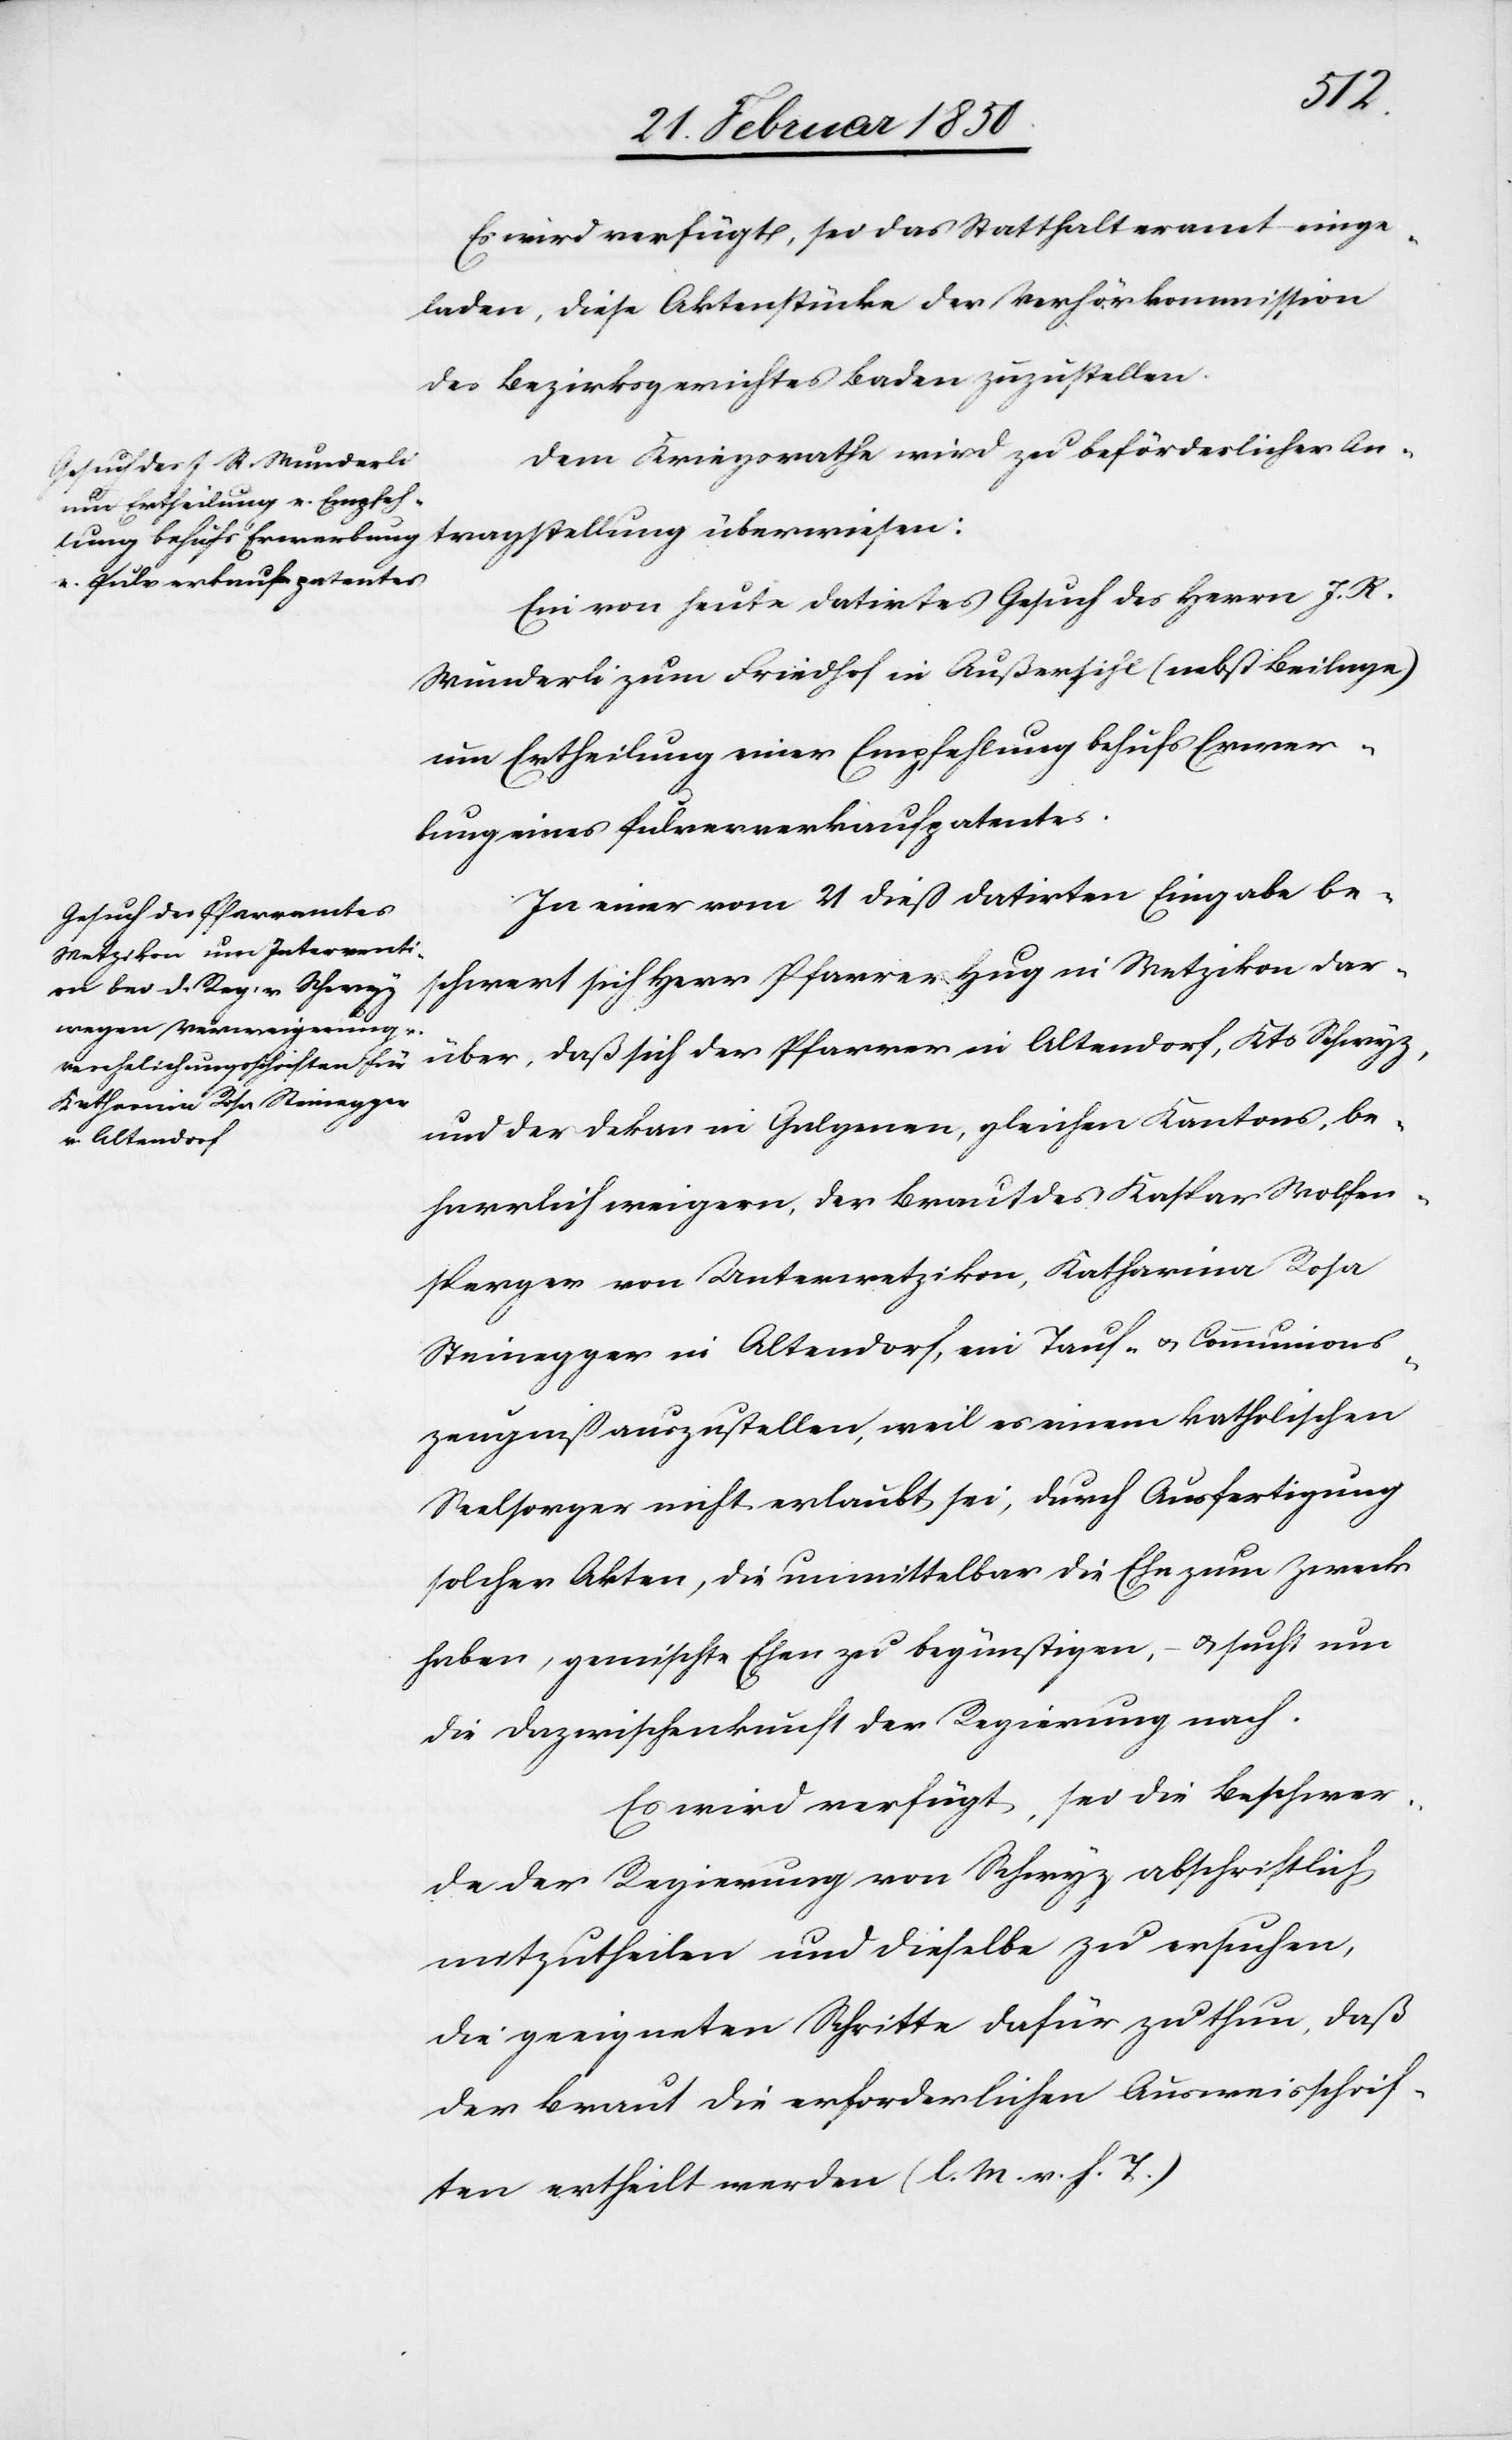
tellung
Es wird verfügt, sei das Statthalteramt einge¬
laden, diese Aktenstücke der Verhörkommission
des Bezirksgerichtes Baden zuzustellen.
Dem Kriegsrathe wird zu beförderlicher An¬
Ein von heute datirtes Gesuch des Herrn J. R.
Wunderli zum Friedhof in Außersihl (nebst Beilage)
um Ertheilung einer Empfehlung behufs Erwer¬
bung eines Pulververkaufpatentes.
In einer vom 21 dieß datirten Eingabe be¬
schwert sich Herr Pfarrer Hug in Wetzikon dar¬
über, daß sich der Pfarrer in Altendorf, Kts Schwyz,
und der Dekan in Galgenen, gleichen Kantons, be¬
harrlich weigern, der Braut des Kaspar Wolfen¬
sperger von Unterwetzikon, Katharina Rosa
Steinegger in Altendorf, ein Tauf- u. Communions¬
zeugniß auszustellen, weil es einem katholischen
Seelsorger nicht erlaubt sei, durch Ausfertigung
solcher Akten, die unmittelbar die Ehe zum Zweck
haben, gemischte Ehen zu begünstigen, – u. sucht um
die Dazwischenkunft der Regierung nach.
Es wird verfügt, sei die Beschwer¬
de der Regierung von Schwyz abschriftlich
mitzutheilen und dieselbe zu ersuchen,
die geeigneten Schritte dafür zu thun, daß
der Braut die erforderlichen Ausweisschrif¬
ten ertheilt werden (l. M. v. h. T.)